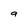
Character: a